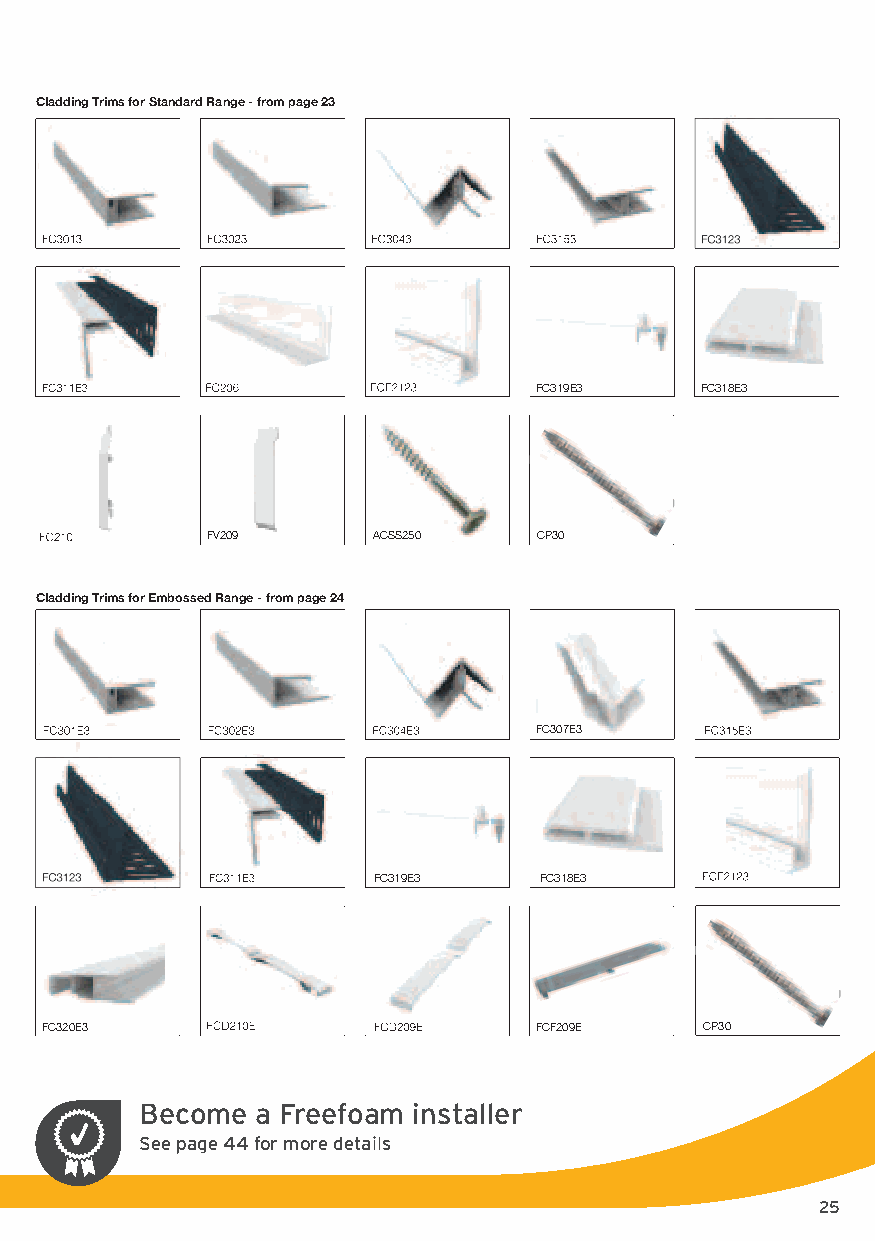
Cladding Trims for Standard Range - from page 23
 FC319E3    FC318E3
 FV209      ACSS250    CP30
 Cladding Trims for Embossed Range - from page 24
 FC307E3
 FC319E3    FC318E3
 FC320E3                          FCF209E    CP30
 Become a Freefoam installer
 See page 44 for more details
 25